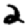
Digit: 2